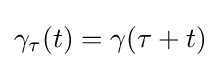
\gamma _{\tau }(t)=\gamma (\tau +t)